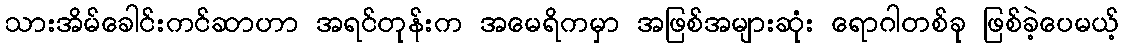
သားအိမ်ခေါင်းကင်ဆာဟာ အရင်တုန်းက အမေရိကမှာ အဖြစ်အများဆုံး ရောဂါတစ်ခု ဖြစ်ခဲ့ပေမယ့်